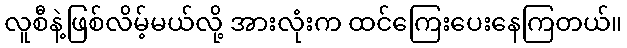
လူစီနဲ့ဖြစ်လိမ့်မယ်လို့ အားလုံးက ထင်ကြေးပေးနေကြတယ်။